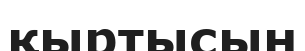
қыртысын